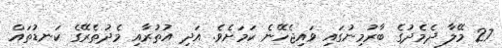
27 މޭލާ ދެމެދުގެ ބާރުމިނުގައި ވައިޖެހޭނެ ކަަމަށެވެ. އަދި އުތުރާއި މެދުތެރޭގެ ކަނޑުތައް